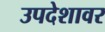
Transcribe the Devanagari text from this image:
उपदेशावर